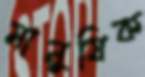
মানুষিক